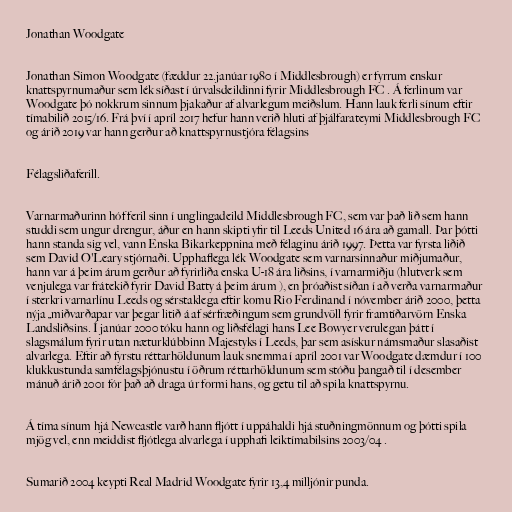
Jonathan Woodgate

Jonathan Simon Woodgate (fæddur 22.janúar 1980 í Middlesbrough) er fyrrum enskur
knattspyrnumaður sem lék síðast í úrvalsdeildinni fyrir Middlesbrough FC . Á ferlinum var
Woodgate þó nokkrum sinnum þjakaður af alvarlegum meiðslum. Hann lauk ferli sínum eftir
tímabilið 2015/16. Frá því í apríl 2017 hefur hann verið hluti af þjálfarateymi Middlesbrough FC
og árið 2019 var hann gerður að knattspyrnustjóra félagsins

Félagsliðaferill.

Varnarmaðurinn hóf feril sinn í unglingadeild Middlesbrough FC, sem var það lið sem hann
studdi sem ungur drengur, áður en hann skipti yfir til Leeds United 16 ára að gamall. Þar þótti
hann standa sig vel, vann Enska Bikarkeppnina með félaginu árið 1997. Þetta var fyrsta liðið
sem David O'Leary stjórnaði. Upphaflega lék Woodgate sem varnarsinnaður miðjumaður,
hann var á þeim árum gerður að fyrirliða enska U-18 ára liðsins, í varnarmiðju (hlutverk sem
venjulega var frátekið fyrir David Batty á þeim árum ), en þróaðist síðan í að verða varnarmaður
í sterkri varnarlínu Leeds og sérstaklega eftir komu Rio Ferdinand í nóvember árið 2000, þetta
nýja „miðvarðapar var þegar litið á af sérfræðingum sem grundvöll fyrir framtíðarvörn Enska
Landsliðsins. Í janúar 2000 tóku hann og liðsfélagi hans Lee Bowyer verulegan þátt í
slagsmálum fyrir utan næturklúbbinn Majestyks í Leeds, þar sem asískur námsmaður slasaðist
alvarlega. Eftir að fyrstu réttarhöldunum lauk snemma í apríl 2001 var Woodgate dæmdur í 100
klukkustunda samfélagsþjónustu í öðrum réttarhöldunum sem stóðu þangað til í desember
mánuð árið 2001 fór það að draga úr formi hans, og getu til að spila knattspyrnu.

Á tíma sínum hjá Newcastle varð hann fljótt í uppáhaldi hjá stuðningmönnum og þótti spila
mjög vel, enn meiddist fljótlega alvarlega í upphafi leiktímabilsins 2003/04 .

Sumarið 2004 keypti Real Madrid Woodgate fyrir 13,4 milljónir punda.